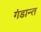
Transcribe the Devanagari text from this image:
गंडान्त